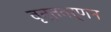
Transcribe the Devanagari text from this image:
वृत्तवर्णन